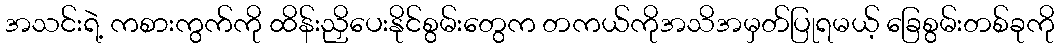
အသင်းရဲ့ ကစားကွက်ကို ထိန်းညှိပေးနိုင်စွမ်းတွေက တကယ်ကိုအသိအမှတ်ပြုရမယ့် ခြေစွမ်းတစ်ခုကို